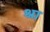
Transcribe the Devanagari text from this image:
श्रा